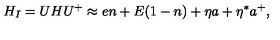
H _ { I } = U H U ^ { + } \approx e n + E ( 1 - n ) + \eta a + \eta ^ { * } a ^ { + } ,